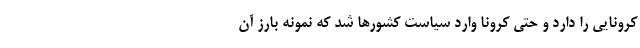
کرونایی را دارد و حتی کرونا وارد سیاست کشورها شد که نمونه بارز آن